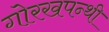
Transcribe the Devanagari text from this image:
गोरखपन्थी